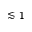
\lesssim 1